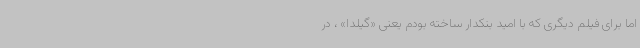
اما برای فیلم دیگری که با امید بنکدار ساخته بودم یعنی «گیلدا» ، در